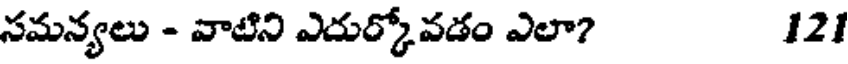
సమన్యలు - వాటిని ఎదుర్కోవడం ఎలా? 121